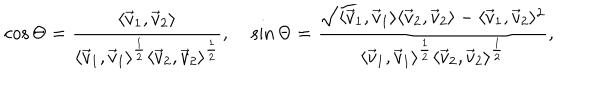
\cos \Theta = \frac { \langle \vec { v } _ { 1 } , \vec { v } _ { 2 } \rangle } { \langle \vec { v } _ { 1 } , \vec { v } _ { 1 } \rangle ^ { \frac { 1 } { 2 } } \langle \vec { v } _ { 2 } , \vec { v } _ { 2 } \rangle ^ { \frac { 1 } { 2 } } } , \; \sin \Theta = \frac { \sqrt { \langle \vec { v } _ { 1 } , \vec { v } _ { 1 } \rangle \langle \vec { v } _ { 2 } , \vec { v } _ { 2 } \rangle - \langle \vec { v } _ { 1 } , \vec { v } _ { 2 } \rangle ^ { 2 } } } { \langle \vec { v } _ { 1 } , \vec { v } _ { 1 } \rangle ^ { \frac { 1 } { 2 } } \langle \vec { v } _ { 2 } , \vec { v } _ { 2 } \rangle ^ { \frac { 1 } { 2 } } } ,